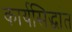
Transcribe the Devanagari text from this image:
कार्यसिद्धांत